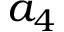
a _ { 4 }